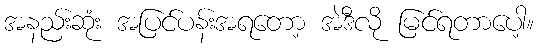
အနည်းဆုံး အပြင်ပန်းအရတော့ အဲဒီလို မြင်ရတာပေါ့။